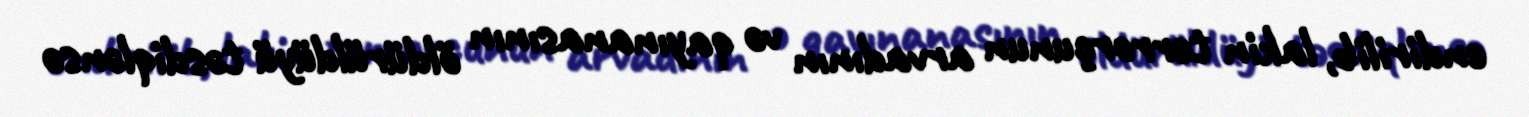
endirilib, lakin terrorçunun arvadının və qayınanasının öldürüldüyü təsdiqlənsə